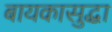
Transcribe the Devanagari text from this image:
बायकासुद्धा